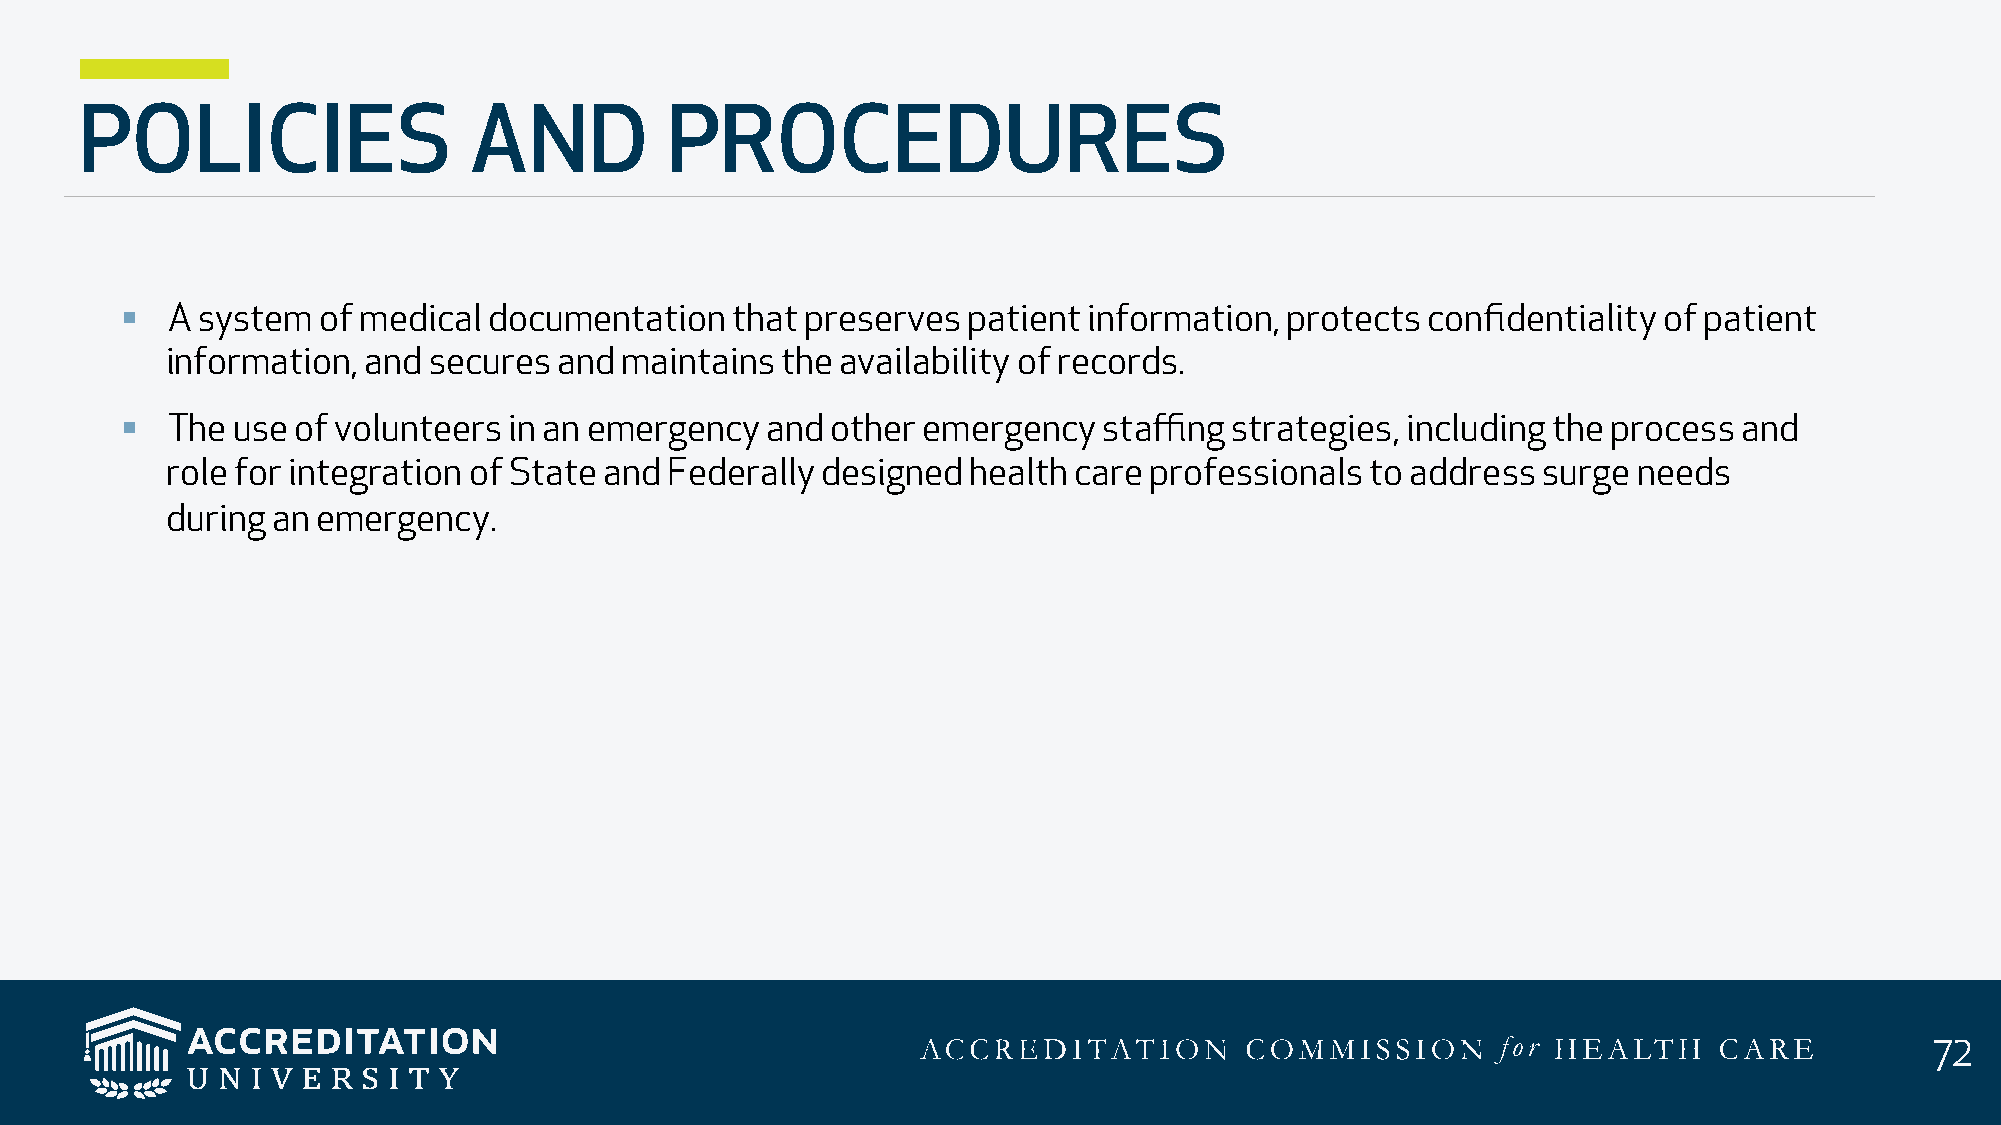
POLICIES                  AND          PROCEDURES
 §  A system  of medical documentation   that preserves  patient information, protects  confidentiality of patient
 information, and secures  and maintains  the availability of records.
 §  The use of volunteers  in an emergency  and other emergency   staffing strategies, including the process and
 role for integration of State and Federally designed health care professionals  to address surge needs
 during an emergency.
 72